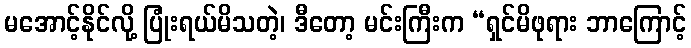
မအောင့်နိုင်လို့ ပြုံးရယ်မိသတဲ့၊ ဒီတော့ မင်းကြီးက “ရှင်မိဖုရား ဘာကြောင့်